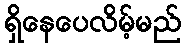
ရှိနေပေလိမ့်မည်